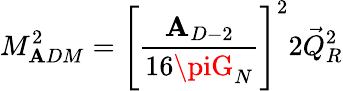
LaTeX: M_{\mathbf{A}DM}^{2}=\Biggl[\frac{{\mathbf{A}_{D-2}}}{{16\piG_{N}}}\Biggr]^{2}2\vec{{Q}}_{R}^{2}